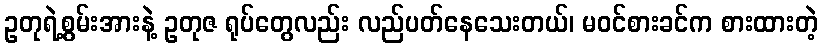
ဥတုရဲ့စွမ်းအားနဲ့ ဥတုဇ ရုပ်တွေလည်း လည်ပတ်နေသေးတယ်၊ မဝင်စားခင်က စားထားတဲ့